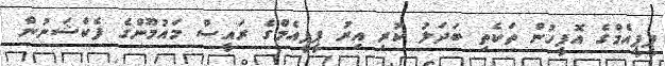
ޕީޕީއެމްގެ އޮފީހުން ތަކެތި ބަދަލު ކުރި އިރު ޕީޕީއެމްގެ ރައީސް މައުމޫންގެ ފެކްޝަނުން